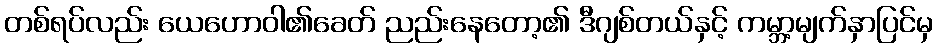
တစ်ရပ်လည်း ယေဟောဝါ၏ခေတ် ညည်းနေတော့၏ ဒီဂျစ်တယ်နှင့် ကမ္ဘာ့မျက်နှာပြင်မှ